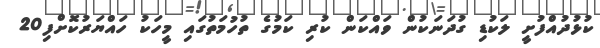
ކުޅުދުއްފުށީ ލަކުޑި ގުދަނަކުން ވައްކަން ކުރި ކަމުގެ ތުހުމަތުގައި މީހަކު ހައްޔަރުކޮށްފި20